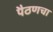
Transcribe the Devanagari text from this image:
पैठणचा